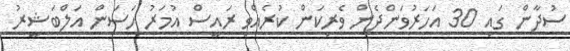
ސުދާން ގައި 30 އަހަރުވަންދެން ވެރިކަން ކުރެއްވި ރައީސް އުމަރު ހަސަން އަލްބަޝީރު